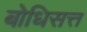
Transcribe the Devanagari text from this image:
बोधिसत्त